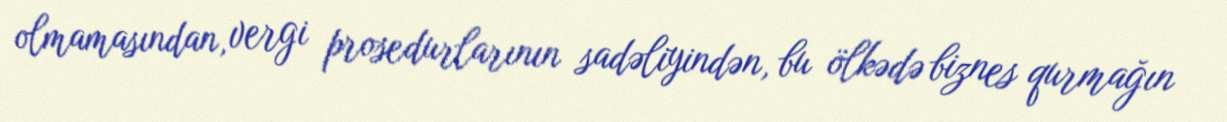
olmamasından, vergi prosedurlarının sadəliyindən, bu ölkədə biznes qurmağın